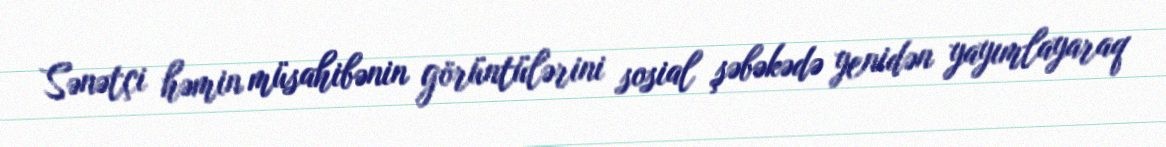
Sənətçi həmin müsahibənin görüntülərini sosial şəbəkədə yenidən yayımlayaraq